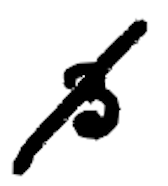
Text: 3
Cross-out: diagonal
Writing tool: digital_black